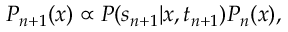
P _ { n + 1 } ( x ) \propto P ( s _ { n + 1 } | x , t _ { n + 1 } ) P _ { n } ( x ) ,